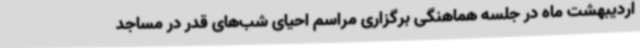
اردیبهشت ماه در جلسه‌ هماهنگی برگزاری مراسم احیای شب‌های قدر در مساجد